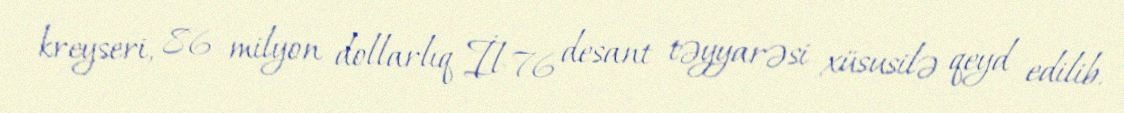
kreyseri, 86 milyon dollarlıq İl-76 desant təyyarəsi xüsusilə qeyd edilib.